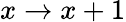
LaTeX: x\rightarrow x+1